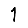
Digit: 1